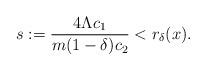
LaTeX: \begin{align*}s:=\frac{4\Lambda c_1}{m (1 - \delta)c_2} < r_{\delta}(x).\end{align*}